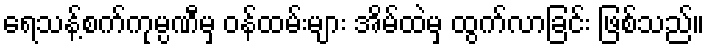
ရေသန့်စက်ကုမ္ပဏီမှ ဝန်ထမ်းများ အိမ်ထဲမှ ထွက်လာခြင်း ဖြစ်သည်။